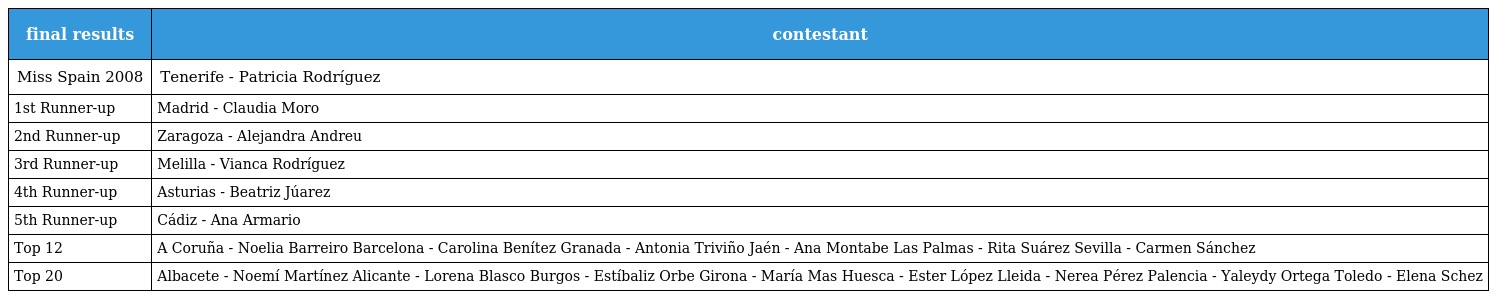
| final results | contestant |
 | --- | --- |
 | Miss Spain 2008 | Tenerife - Patricia Rodríguez |
 | 1st Runner-up | Madrid - Claudia Moro |
 | 2nd Runner-up | Zaragoza - Alejandra Andreu |
 | 3rd Runner-up | Melilla - Vianca Rodríguez |
 | 4th Runner-up | Asturias - Beatriz Júarez |
 | 5th Runner-up | Cádiz - Ana Armario |
 | Top 12 | A Coruña - Noelia Barreiro Barcelona - Carolina Benítez Granada - Antonia Triviño Jaén - Ana Montabe Las Palmas - Rita Suárez Sevilla - Carmen Sánchez |
 | Top 20 | Albacete - Noemí Martínez Alicante - Lorena Blasco Burgos - Estíbaliz Orbe Girona - María Mas Huesca - Ester López Lleida - Nerea Pérez Palencia - Yaleydy Ortega Toledo - Elena Schez |